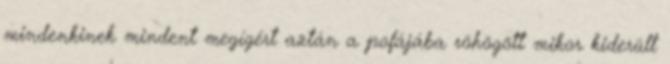
mindenkinek mindent megígért aztán a pofájába röhögött mikor kiderült